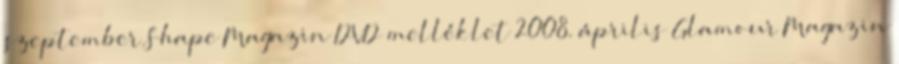
szeptember Shape Magazin DVD melléklet 2008. április Glamour Magazin